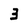
Character: 3